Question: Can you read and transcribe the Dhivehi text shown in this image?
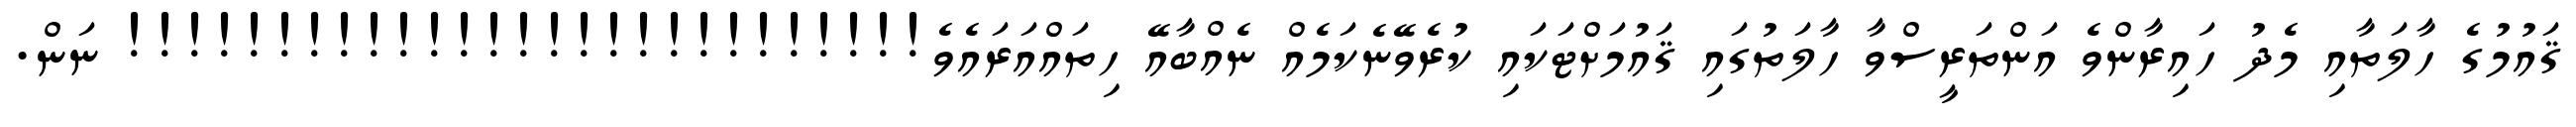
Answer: ޤައުމުގެ ހާލަތާއި މެދު ހައިރާންވެ އަންތަރީސްވާ ހާލަތުގައި ޤައުމަށްޓަކައި ކުރެވޭނެކަމެއް ނެއްބާއޭ ހިތައްއަރައެވެ!!!!!!!!!!!!!!!!!!!!!!!!!!! ނަން.